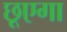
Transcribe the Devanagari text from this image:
छूएगा